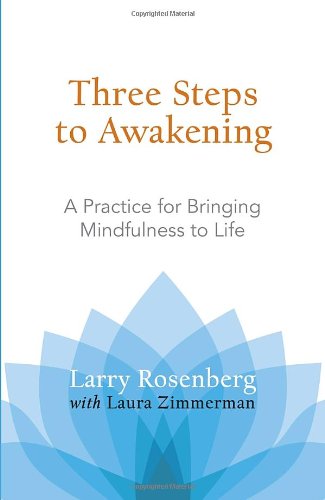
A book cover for Three Steps to Awakening: A Practice for Bringing Mindfulness to Life; Larry Rosenberg; Religion & Spirituality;